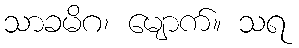
သာခမိဂ၊ မျောက်။ သရ